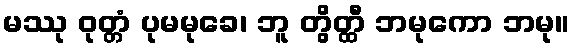
မဿု ဝုတ္တံ ပုမမုခေ၊ ဘူ တွိတ္ထီ ဘမုကော ဘမု။